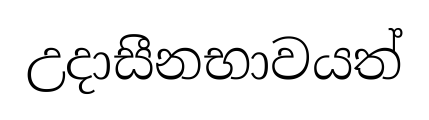
උදාසීනභාවයත්